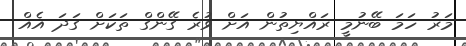
މަރު ހަމަ ބޭނުމީ ރައްޔިތުން އަށް ވުރެ ގޭންގް ތަކަށް ގަދަ އެއް